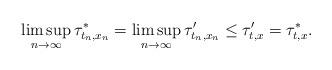
LaTeX: \begin{align*}\limsup_{n\to\infty}\tau^*_{t_n,x_n}=\limsup_{n\to\infty}\tau'_{t_n,x_n}\leq \tau'_{t,x}=\tau^*_{t,x}.\end{align*}